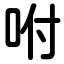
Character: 咐